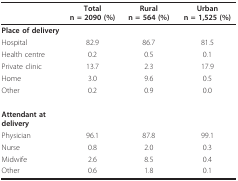
<table><thead><tr><td>[EMPTY_CELL]</td><td><b>Total n = 2090 (%)</b></td><td><b>Rural n = 564 (%)</b></td><td><b>Urban n = 1,525 (%)</b></td></tr></thead><tbody><tr><td><b>Place of delivery</b></td><td>[EMPTY_CELL]</td><td>[EMPTY_CELL]</td><td>[EMPTY_CELL]</td></tr><tr><td>Hospital</td><td>82.9</td><td>86.7</td><td>81.5</td></tr><tr><td>Health centre</td><td>0.2</td><td>0.5</td><td>0.1</td></tr><tr><td>Private clinic</td><td>13.7</td><td>2.3</td><td>17.9</td></tr><tr><td>Home</td><td>3.0</td><td>9.6</td><td>0.5</td></tr><tr><td>Other</td><td>0.2</td><td>0.9</td><td>0.0</td></tr><tr><td><b>Attendant at delivery</b></td><td>[EMPTY_CELL]</td><td>[EMPTY_CELL]</td><td>[EMPTY_CELL]</td></tr><tr><td>Physician</td><td>96.1</td><td>87.8</td><td>99.1</td></tr><tr><td>Nurse</td><td>0.8</td><td>2.0</td><td>0.3</td></tr><tr><td>Midwife</td><td>2.6</td><td>8.5</td><td>0.4</td></tr><tr><td>Other</td><td>0.6</td><td>1.8</td><td>0.1</td></tr></tbody></table>